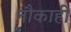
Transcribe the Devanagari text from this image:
नौकाही